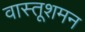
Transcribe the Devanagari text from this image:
वास्तूशमन